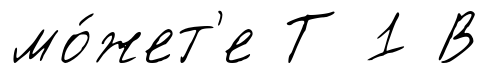
мо́жет'е Т 1 В